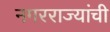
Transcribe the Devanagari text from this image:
नगरराज्यांची